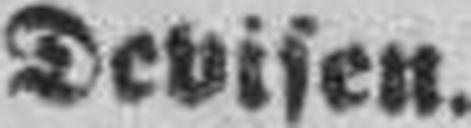
Devisen.